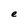
Character: e